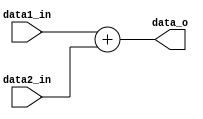
module Adder(
    data1_in   ,
    data2_in   ,
    data_o     
);
input signed [31:0] data1_in;
input signed [31:0] data2_in;
output [31:0] data_o;
reg [31:0] sum;
assign data_o = sum[31:0];

always @(*) begin
	sum=data1_in+data2_in;
end
endmodule